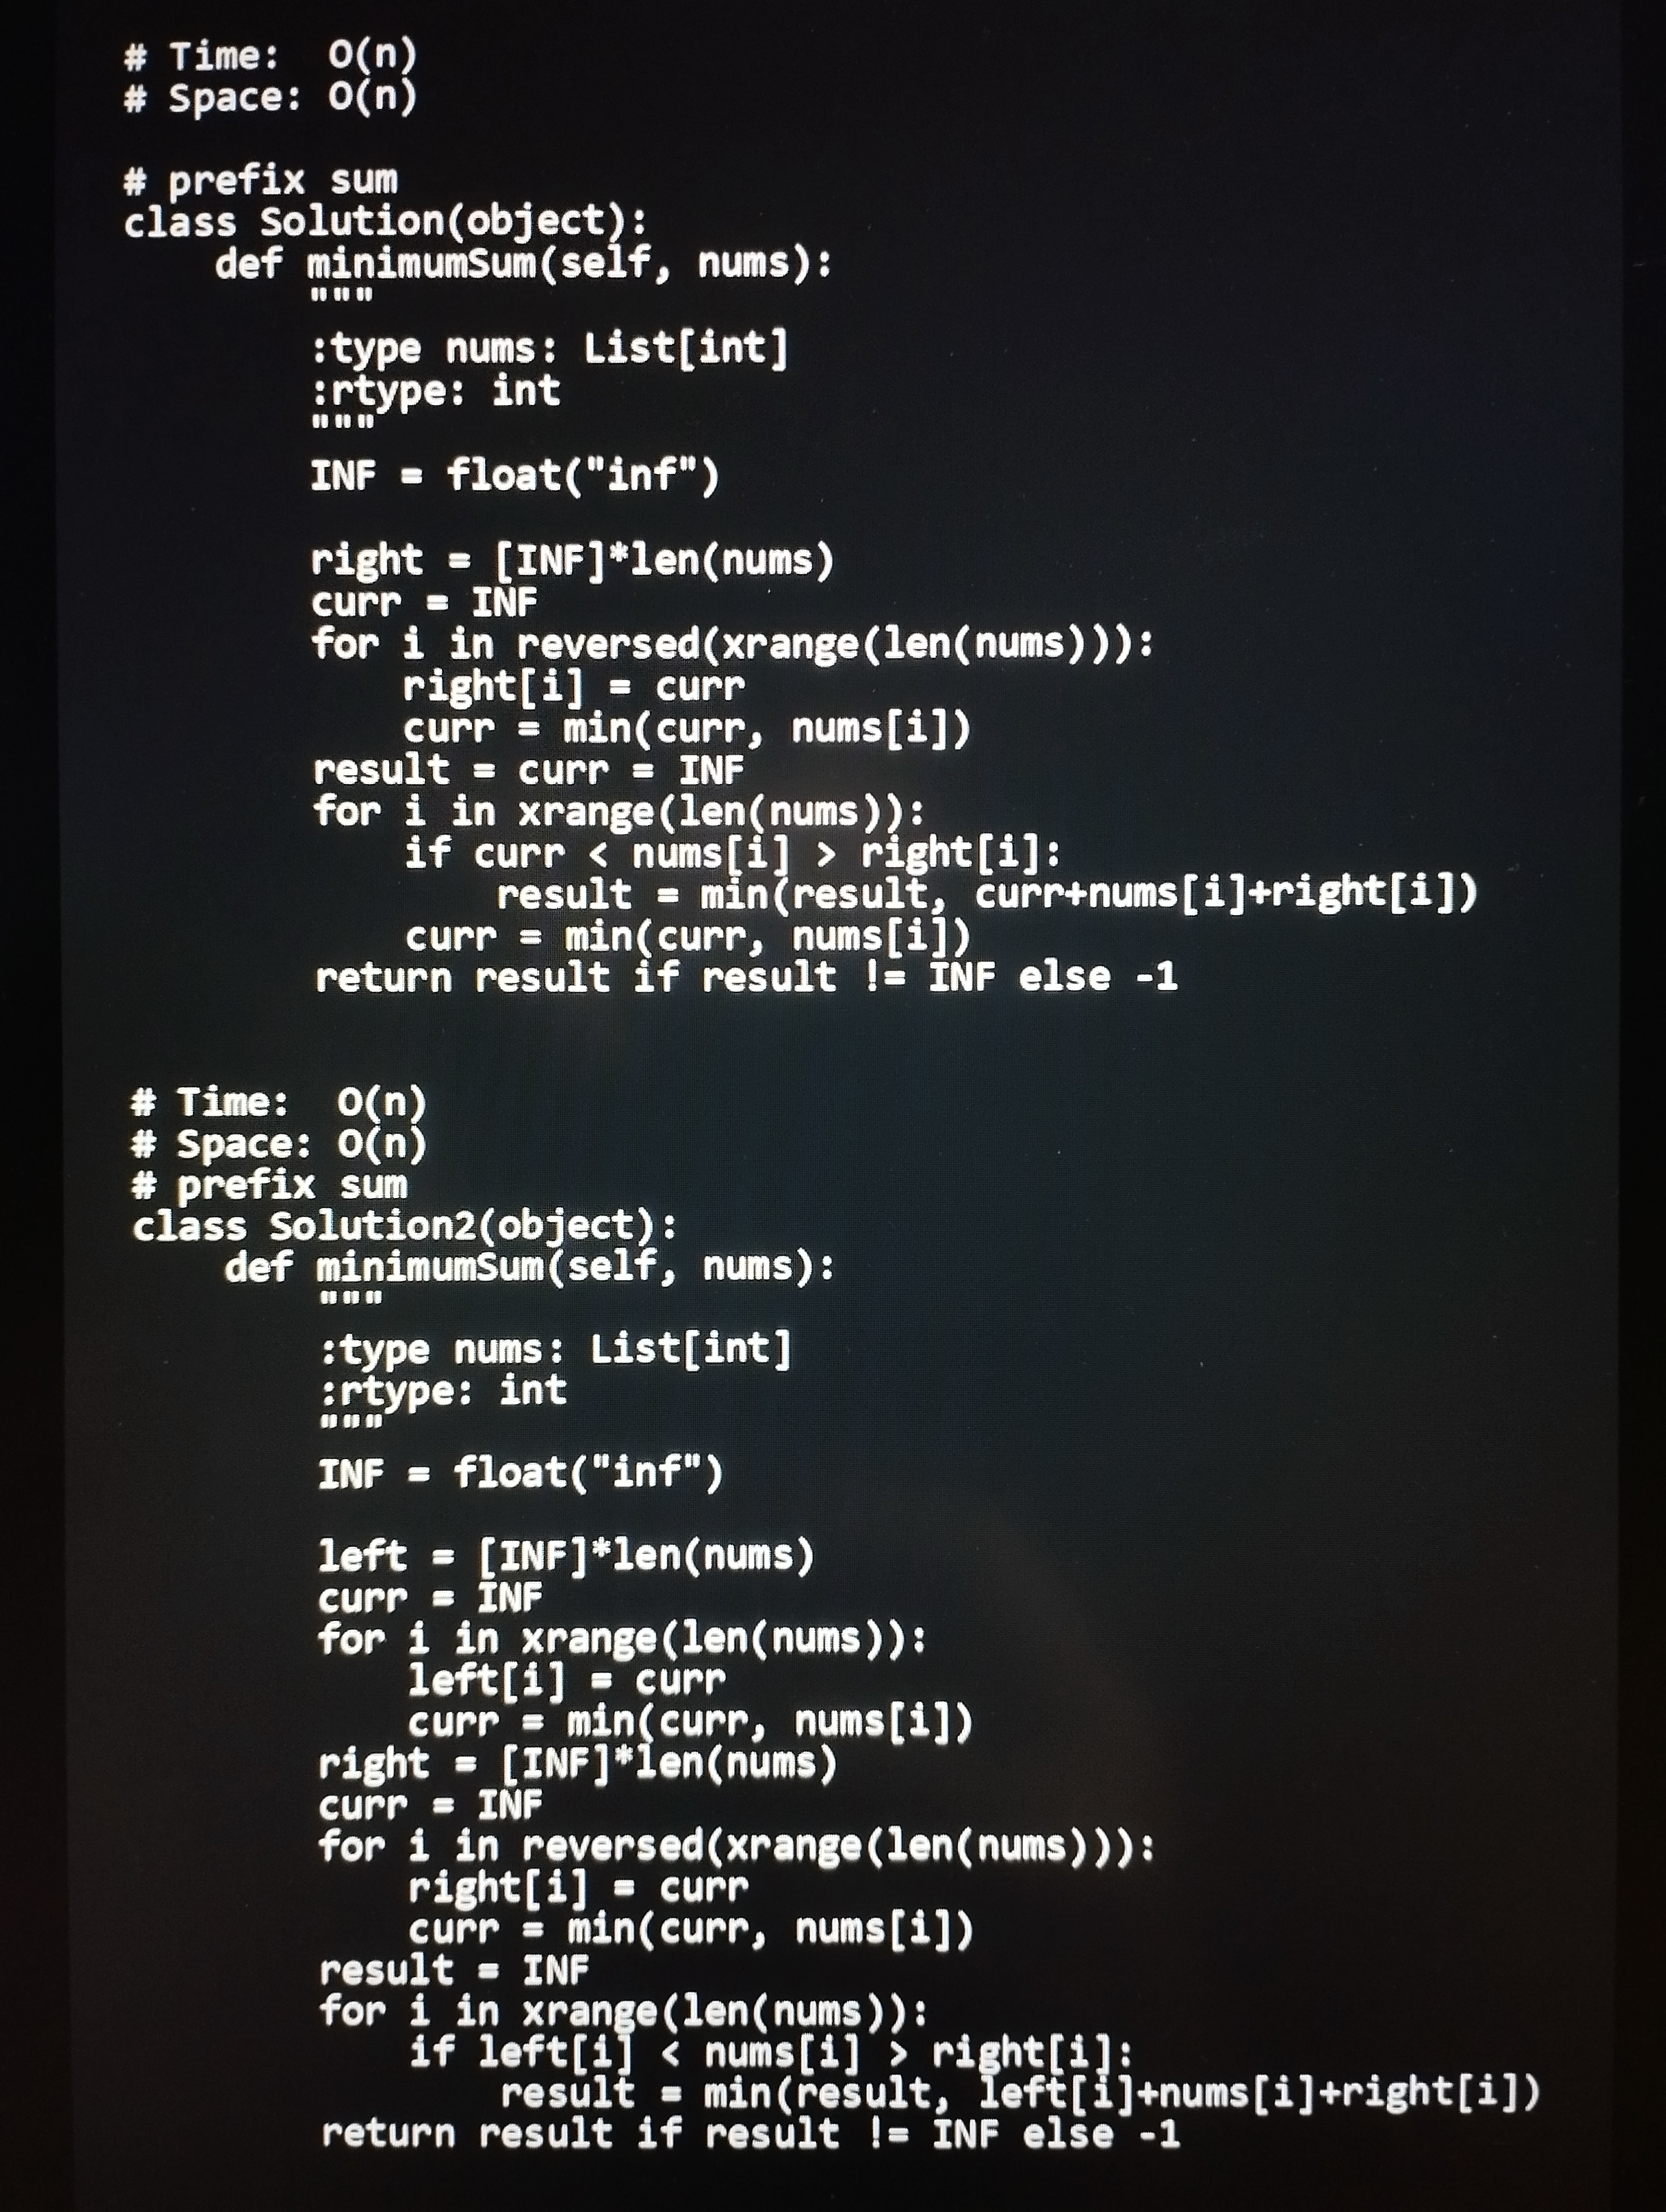
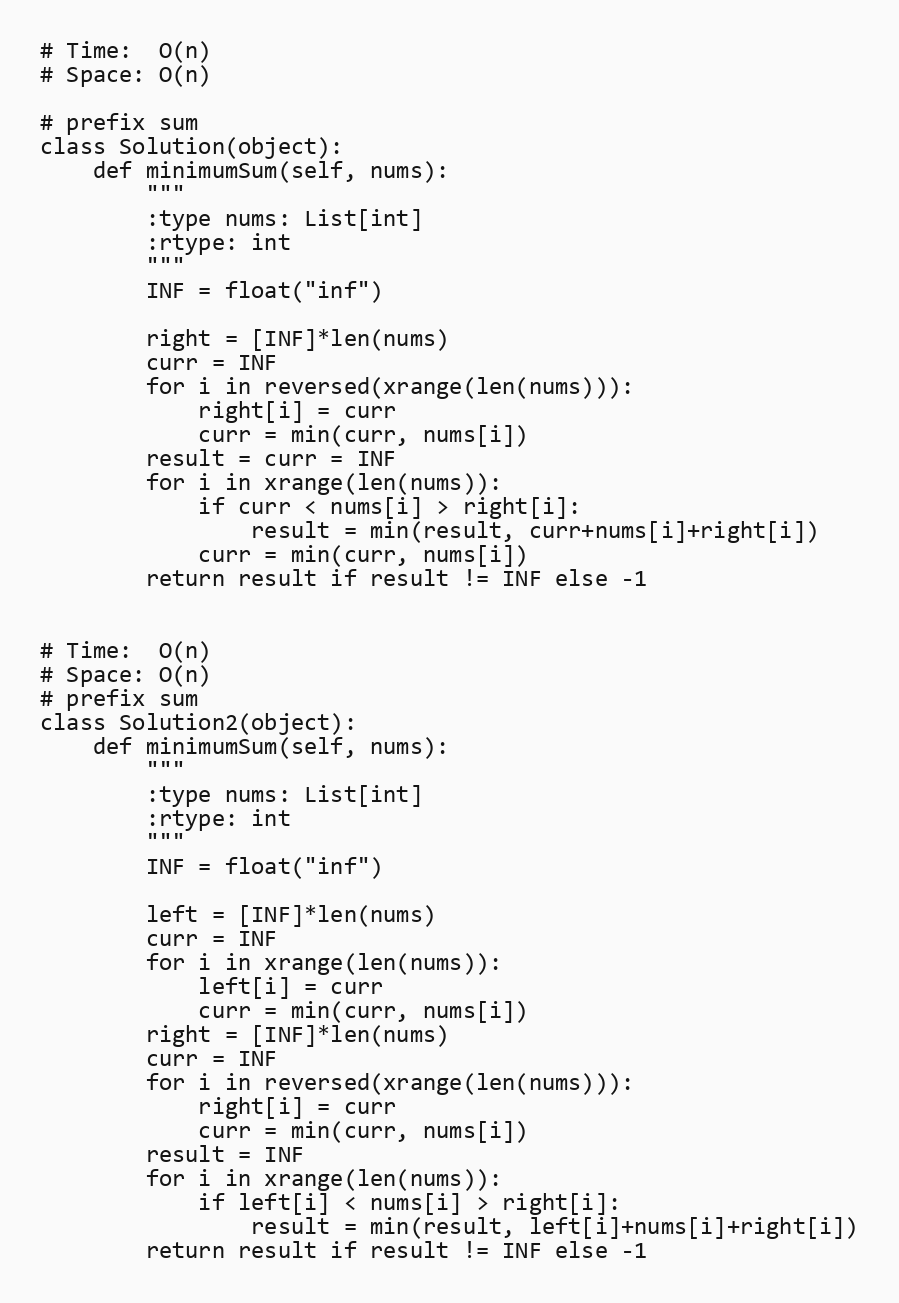
# Time:  O(n)
# Space: O(n)

# prefix sum
class Solution(object):
    def minimumSum(self, nums):
        """
        :type nums: List[int]
        :rtype: int
        """
        INF = float("inf")

        right = [INF]*len(nums)
        curr = INF
        for i in reversed(xrange(len(nums))):
            right[i] = curr
            curr = min(curr, nums[i])
        result = curr = INF
        for i in xrange(len(nums)):
            if curr < nums[i] > right[i]:
                result = min(result, curr+nums[i]+right[i])
            curr = min(curr, nums[i])
        return result if result != INF else -1

# Time:  O(n)
# Space: O(n)
# prefix sum
class Solution2(object):
    def minimumSum(self, nums):
        """
        :type nums: List[int]
        :rtype: int
        """
        INF = float("inf")

        left = [INF]*len(nums)
        curr = INF
        for i in xrange(len(nums)):
            left[i] = curr
            curr = min(curr, nums[i])
        right = [INF]*len(nums)
        curr = INF
        for i in reversed(xrange(len(nums))):
            right[i] = curr
            curr = min(curr, nums[i])
        result = INF
        for i in xrange(len(nums)):
            if left[i] < nums[i] > right[i]:
                result = min(result, left[i]+nums[i]+right[i])
        return result if result != INF else -1